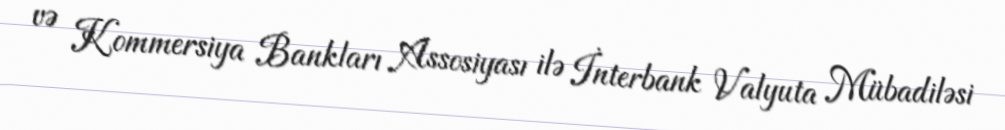
və Kommersiya Bankları Assosiyası ilə İnterbank Valyuta Mübadiləsi